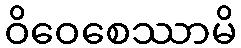
ဝိဝေစေဿာမိ